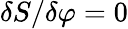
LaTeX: \delta S/\delta\varphi=0